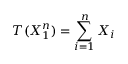
T ( X _ { 1 } ^ { n } ) = \sum _ { i = 1 } ^ { n } X _ { i }